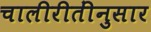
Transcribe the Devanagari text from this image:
चालीरीतींनुसार